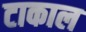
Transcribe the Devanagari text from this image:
टाकाल